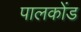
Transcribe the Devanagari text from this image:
पालकोंड